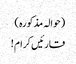
(حوالہ مذکورہ )
قارئیں کرام !